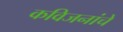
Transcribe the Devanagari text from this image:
कविजनांचे